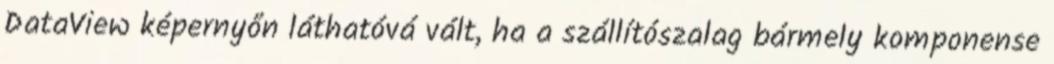
DataView képernyőn láthatóvá vált, ha a szállítószalag bármely komponense